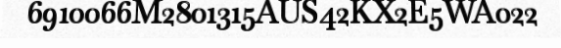
6910066M2801315AUS42KX2E5WA022